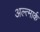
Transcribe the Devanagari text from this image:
अल्त्मार्क